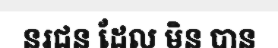
នរជន ដែល មិន បាន